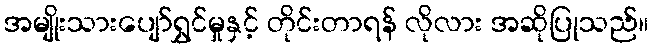
အမျိုးသားပျော်ရွှင်မှုနှင့် တိုင်းတာရန် လိုလား အဆိုပြုသည်။